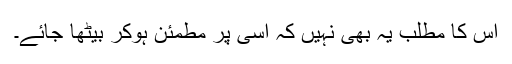
اس کا مطلب یہ بھی نہیں کہ اسی پر مطمئن ہوکر بیٹھا جائے۔